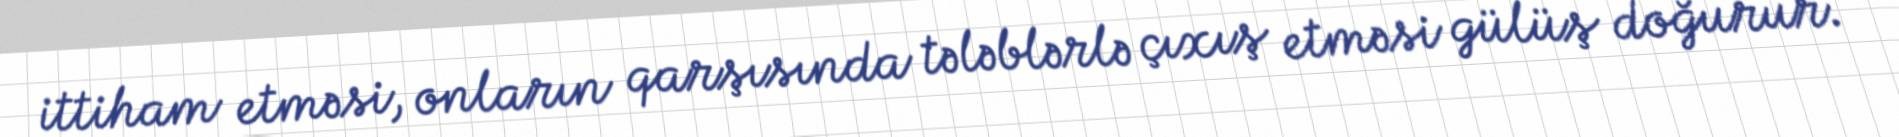
ittiham etməsi, onların qarşısında tələblərlə çıxış etməsi gülüş doğurur.